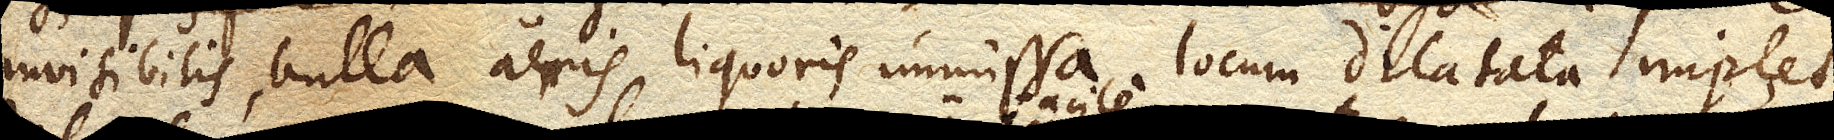
invisibilis bulla aeris liquoris immissa locum dilatata implet,